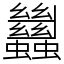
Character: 蠿